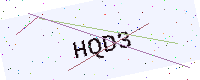
Text: HQD3